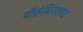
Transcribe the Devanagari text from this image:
पॉसेनियसवर